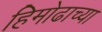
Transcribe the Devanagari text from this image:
हिमोढाच्या